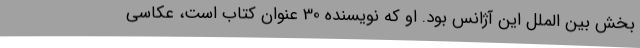
بخش بین الملل این آژانس بود. او که نویسنده 30 عنوان کتاب است، عکاسی